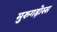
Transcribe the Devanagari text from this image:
मुरुगड़ोस्स